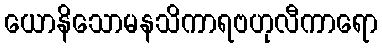
ယောနိသောမနသိကာရဗဟုလီကာရော